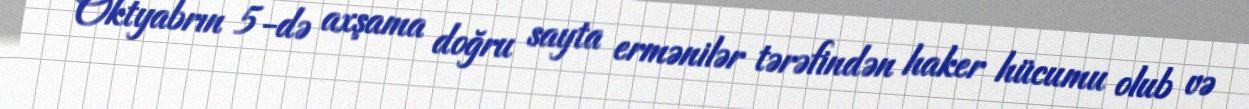
“Oktyabrın 5-də axşama doğru sayta ermənilər tərəfindən haker hücumu olub və